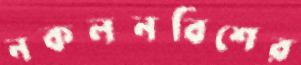
নকলনবিশের